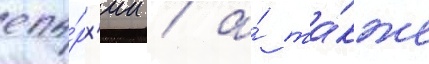
епа́рх'ии / а́ та́кже